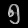
Digit: ၅